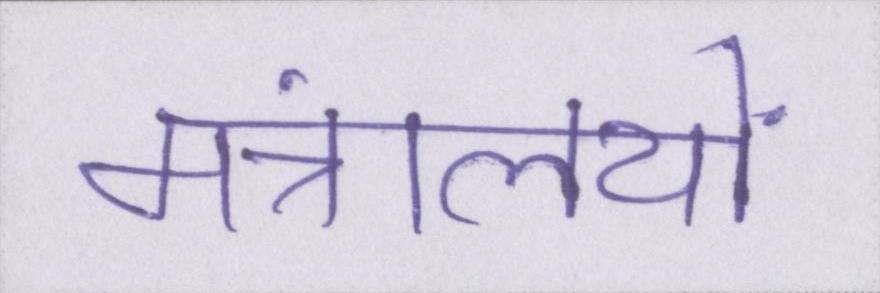
मंत्रालयों